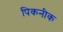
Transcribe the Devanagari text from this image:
पिकनीक